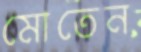
মোতেন